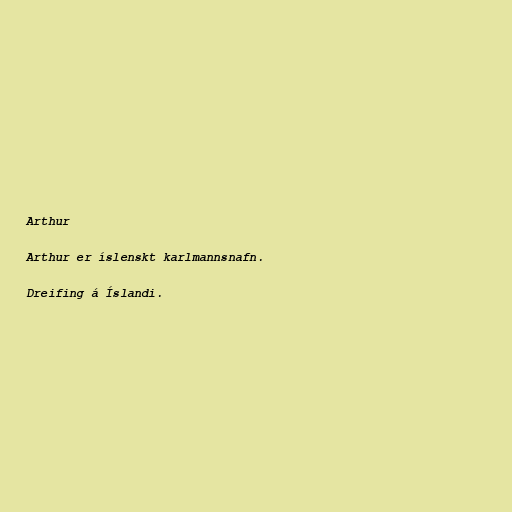
Arthur

Arthur er íslenskt karlmannsnafn.

Dreifing á Íslandi.